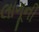
લાગૂની